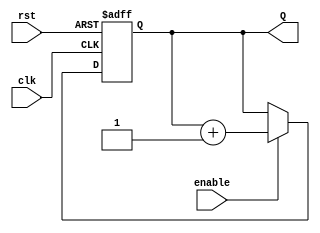
//////////////////////////////////////////////////////////////////////////////////
// Company: ITESO
//////////////////////////////////////////////////////////////////////////////////
module Counter_Param
 # (parameter n = 8)
(
    input clk,
    input rst,
    input enable,
    output reg [n-1:0] Q
    );
 always @(posedge rst, posedge clk) 
    begin
        if (rst)
            Q <= {n{1'b0}};
        else
            if (enable)
                Q <= Q + 1'b1;
            else
                Q <= Q;
    end 
endmodule